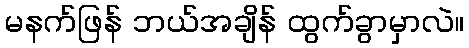
မနက်ဖြန် ဘယ်အချိန် ထွက်ခွာမှာလဲ။